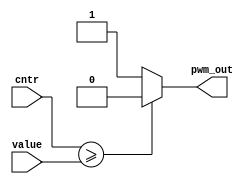
module cmp
(
	input [3:0] cntr,value,
	
	output reg pwm_out
);

always@(cntr or value)
begin
	if(cntr>=value)
		pwm_out<=1'b0;
	else
		pwm_out<=1'b1;
end

endmodule